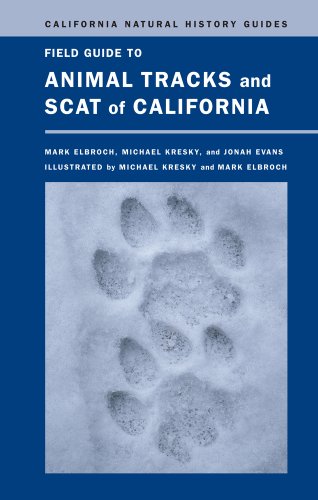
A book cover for Field Guide to Animal Tracks and Scat of California (California Natural History Guides); Mark Elbroch; Science & Math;